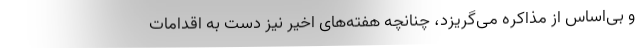
و بی‌اساس از مذاکره می‌گریزد، چنانچه هفته‌های اخیر نیز دست به اقدامات